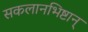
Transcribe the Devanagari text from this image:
सकलानभिष्टान्